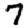
Digit: 7